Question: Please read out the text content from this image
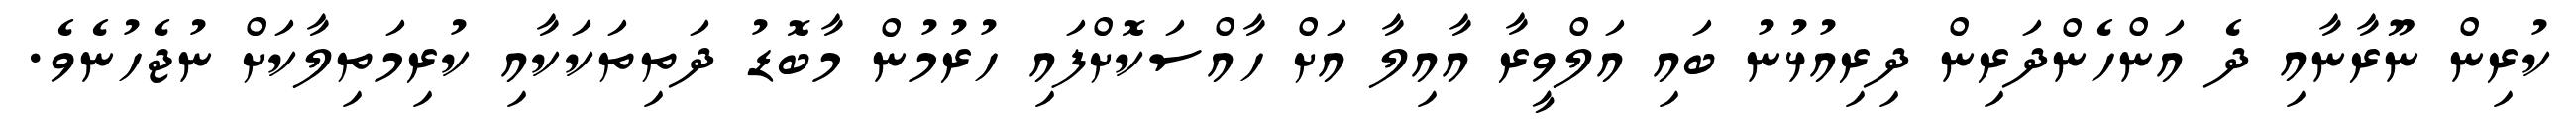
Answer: ކުރިން ނޫރާނާއި ދެ އަންހެންދަރިން ދިރިއުޅުނު ބައި އަލްވީރާ އާއިލާ އަށް ހާއްސަކޮށްފައި ހުރުމުން މާބޮޑު ދަތިތަކަކާއި ކުރިމަތިލާކަށް ނުޖެހުނެވެ.